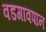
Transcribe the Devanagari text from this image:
वडगावपान